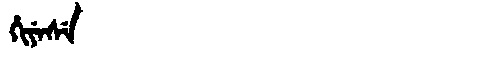
Manchu: ᡥᡳᠶᡝᠰᡝ
Romanization: HIYESE